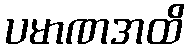
ပမာဏအထိ